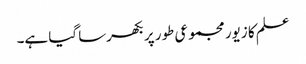
علم کا زیور مجموعی طور پر بکھرسا گیا ہے۔